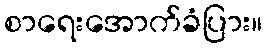
စာရေးအောက်ခံပြား။